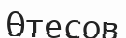
Өтесов